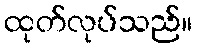
ထုတ်လုပ်သည်။